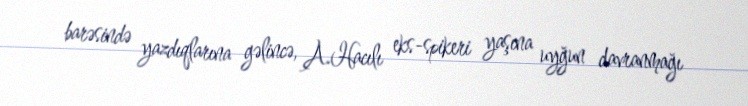
barəsində yazdıqlarına gəlincə, A.Hacılı eks-spikeri yaşına uyğun davranmağı